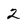
Character: 2